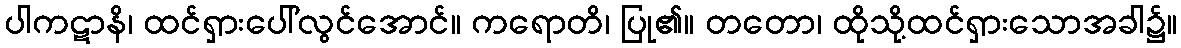
ပါကဋာနိ၊ ထင်ရှားပေါ်လွင်အောင်။ ကရောတိ၊ ပြု၏။ တတော၊ ထိုသို့ထင်ရှားသောအခါ၌။